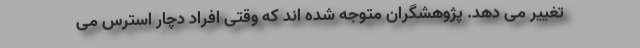
تغییر می دهد. پژوهشگران متوجه شده اند که وقتی افراد دچار استرس می